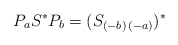
\begin{align*}P_{a}S^{\ast }P_{b}=(S_{(-b)\,(-a)})^{\ast } \end{align*}